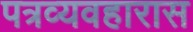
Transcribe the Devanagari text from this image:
पत्रव्यवहारास